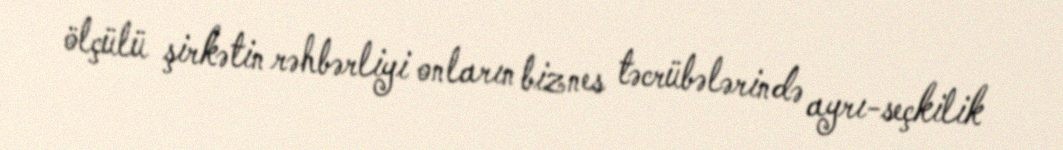
ölçülü şirkətin rəhbərliyi onların biznes təcrübələrində ayrı-seçkilik